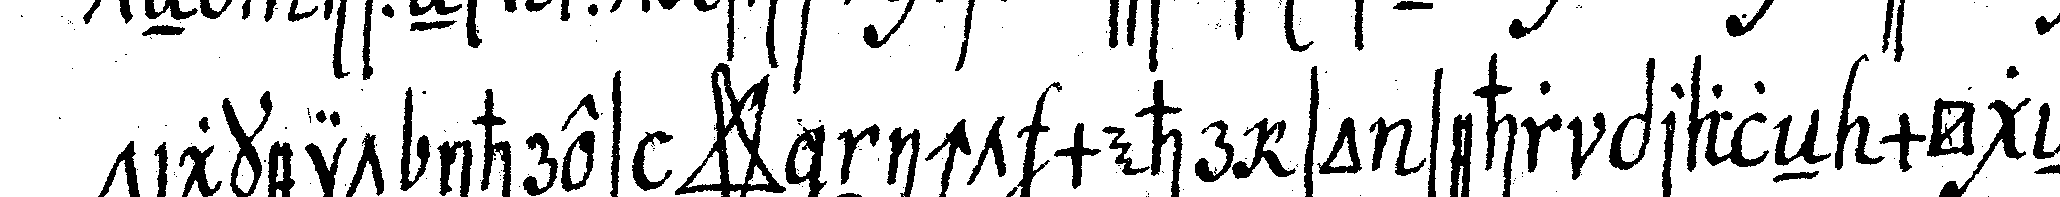
tigkeit ihres *star* nicht mehr so sehr praleN mögeN